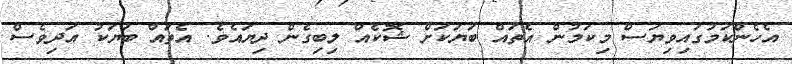
އެހެންކަމުގައިވިޔަސް މިކަމުން އެތައް ބަޔަކަށް ޝޮކެއް ލިބިގެން ދިޔައެވެ. އެތައް ބަޔަކު އަދިވެސް